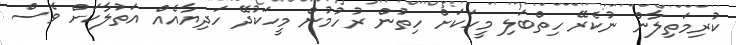
ކުރިމަތިލާން ނުކެރޭ ހިތްބަލި މީހަކަށް ހިތުން ރުހުމުން މީހަކުދޭ ހަދިޔާއެއް އަތުލާކަށް ވެސް